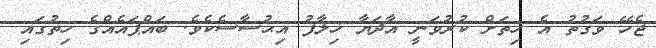
ޖެހޭ ވަގުތު އެ ހިތަށް ކުރުވަނީ އާދަޔާ ޚިލާފު އިޙުސާސެކެވެ. ބައްޕައެއްގެ ހިތުގައި